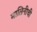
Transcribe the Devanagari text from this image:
मालिनीची